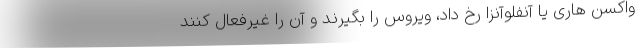
واکسن هاری یا آنفلوآنزا رخ داد، ویروس را بگیرند و آن را غیرفعال کنند